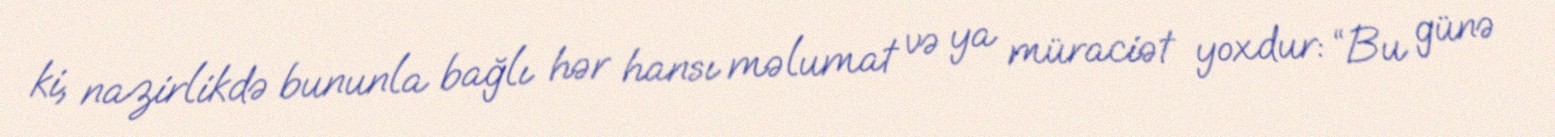
ki, nazirlikdə bununla bağlı hər hansı məlumat və ya müraciət yoxdur: “Bu günə